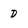
Character: D